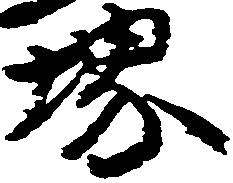
堺